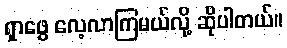
ရှာဖွေ လေ့လာကြမယ်လို့ ဆိုပါတယ်။